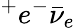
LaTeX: ^+e^{-}\bar{\nu}_{e}